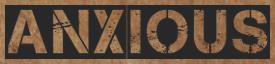
ANXIOUS